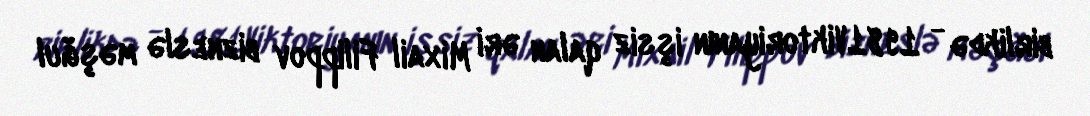
birlikdə - 1981Viktoriyanın işsiz qalan əri Mixail Filippov bizneslə məşğul